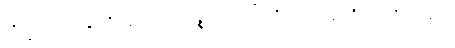
ဘိက္ခဝေ၊ ရဟန်းတို့။ ဣမေခေါ ပဉ္စ၊ ဤငါးပါးတို့တည်း။ ဣတိ၊ ဤသို့။ အဝေါ၊